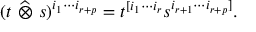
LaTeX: ( t ~ { \widehat { \otimes } } ~ s ) ^ { i _ { 1 } \cdots i _ { r + p } } = t ^ { [ i _ { 1 } \cdots i _ { r } } s ^ { i _ { r + 1 } \cdots i _ { r + p } ] } .